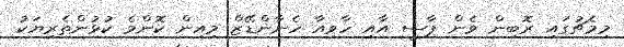
މިމެޗުގައި ރޮބިން ވެން ޕާސީ އާއި ހާވިއާ ހެނާންޑޭޒް މިއިން ކޮންމެ ކުޅުންތެރިޔަކު